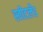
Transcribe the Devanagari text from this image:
स्वीटलँड